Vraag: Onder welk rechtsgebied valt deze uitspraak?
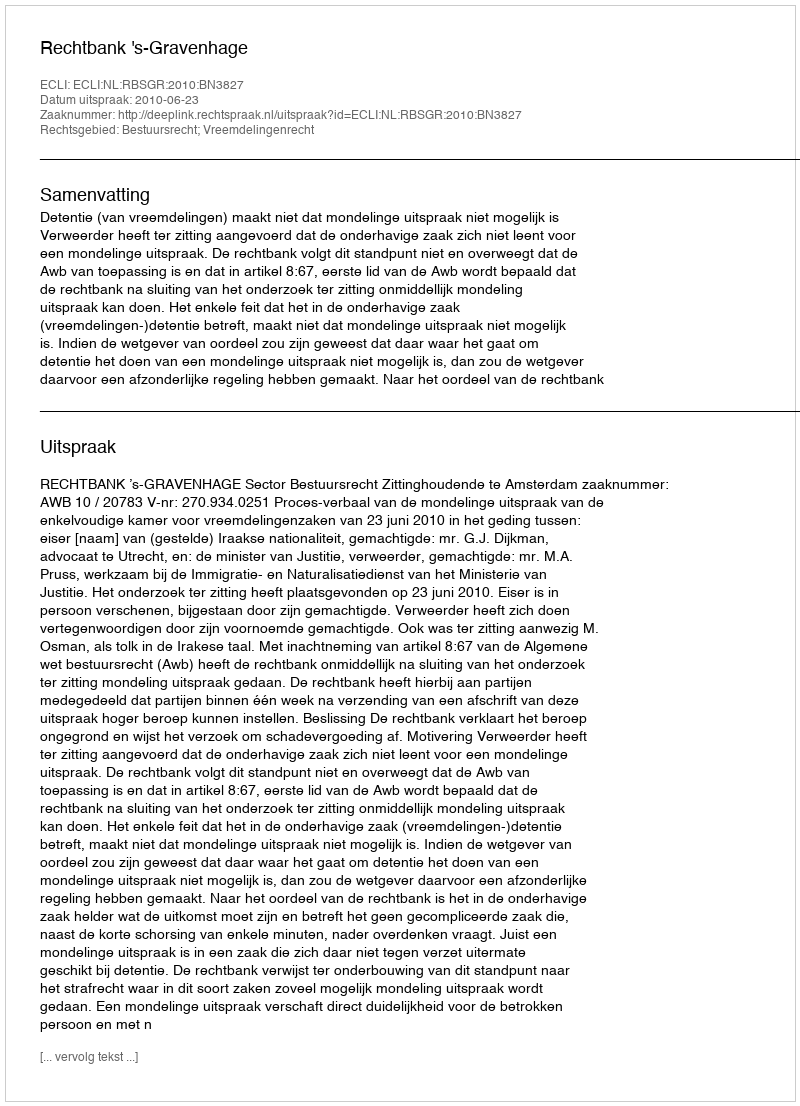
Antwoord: Bestuursrecht; Vreemdelingenrecht